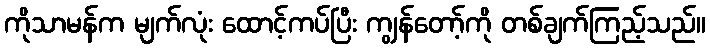
ကိုသာမန်က မျက်လုံး ထောင့်ကပ်ပြီး ကျွန်တော့်ကို တစ်ချက်ကြည့်သည်။